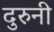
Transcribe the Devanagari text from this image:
दुरुनी